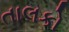
તાલકો